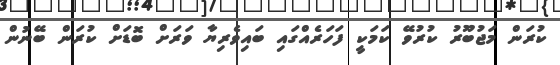
ކުރަން މަޖުބޫރު ކުރުވޭ ކަމަކީ ފަހަރެއްގައި ބައިވެރިޔާ ވަރަށް ބޮޑަށް ކުރަން ބޭނުން